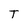
Character: T